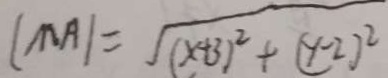
( M A ) = \sqrt { ( x + 3 ) ^ { 2 } + ( y - 2 ) ^ { 2 } }